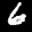
Label: 6